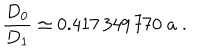
LaTeX: \frac { D _ { 0 } } { D _ { 1 } } \simeq 0 . 4 1 7 \, 3 4 9 \, 7 7 0 \; a \; .